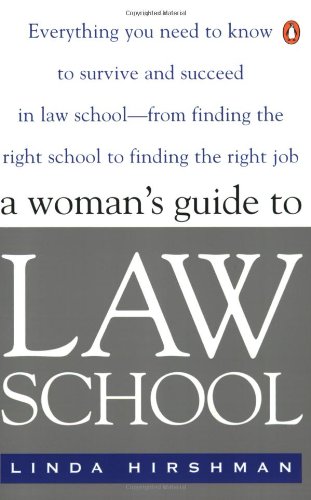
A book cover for The Woman's Guide to Law School; Linda R. Hirshman; Education & Teaching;